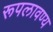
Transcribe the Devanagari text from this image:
रूपलावण्य